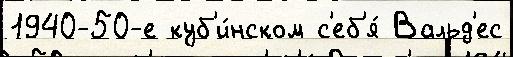
1940-50-е куб'и́нском с'еб'я́ Вальд'ес